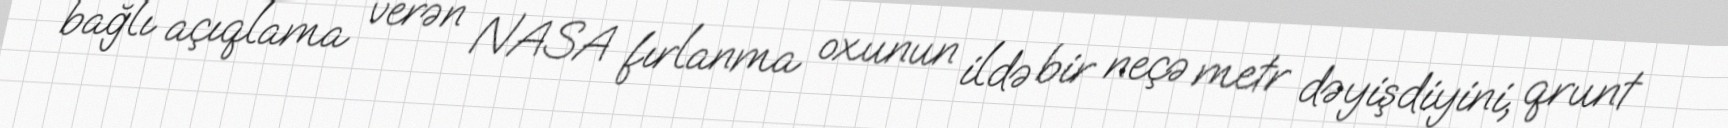
bağlı açıqlama verən NASA fırlanma oxunun ildə bir neçə metr dəyişdiyini, qrunt